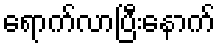
ရောက်လာပြီးနောက်